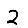
Digit: 2